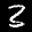
Label: 3